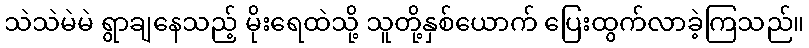
သဲသဲမဲမဲ ရွာချနေသည့် မိုးရေထဲသို့ သူတို့နှစ်ယောက် ပြေးထွက်လာခဲ့ကြသည်။